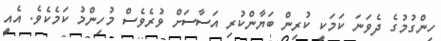
ހިންގުމުގެ ދެވަނަ ކަމަކީ ކުރިން ބަޔާންކުރި އަސާސަށް ވުރެވެސް މުހިންމު ކަމެކެވެ. އެއީ